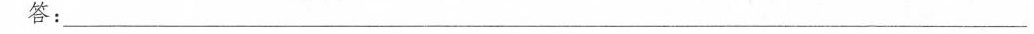
答：___